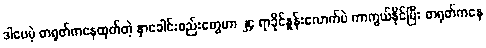
ဒါပေမဲ့ တရုတ်ကနေထုတ်တဲ့ နှာခေါင်းစည်းတွေဟာ ၂၄ ရာခိုင်နှုန်းလောက်ပဲ ကာကွယ်နိုင်ပြီး တရုတ်ကနေ